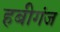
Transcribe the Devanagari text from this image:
हबीगंज